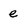
Character: e